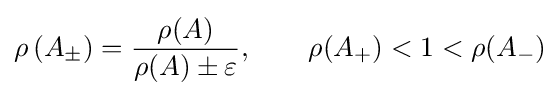
\rho \left(A_{\pm }\right)={\frac {\rho (A)}{\rho (A)\pm \varepsilon }},\qquad \rho (A_{+})<1<\rho (A_{-})